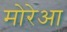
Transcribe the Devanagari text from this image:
मोरेआ